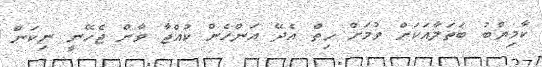
ކާމިޔާބު ބަތަލާއަކަށް ވުމަށް ހިތް އެދޭ އަންހެން ކުއްޖާ ވާން ޖެހޭނީ ނިކަން